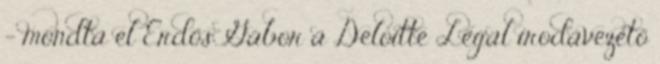
– mondta el Erdős Gábor a Deloitte Legal irodavezető